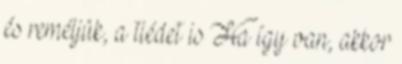
és reméljük, a tiédet is Ha így van, akkor